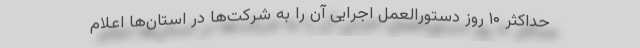
حداکثر ۱۰ روز دستورالعمل اجرایی آن را به شرکت‌ها در استان‌ها اعلام